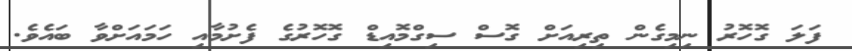
ފަލަ ގޮހޮރު ނިމިގެން ތިރިއަށް ގޮސް ސިގްމޮއިޑް ގޮހޮރުގެ ފެށުމާއި ހަމައަށްވާ ބައެވެ.